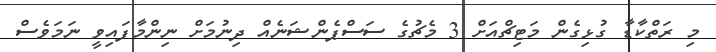
މި ރަތްކާޑާ ގުޅިގެން މަޓިޗްއަށް 3 މެޗުގެ ސަސްޕެންޝަނެއް ދިނުމަށް ނިންމާފައިވީ ނަމަވެސް